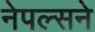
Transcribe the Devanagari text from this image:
नेपल्सने